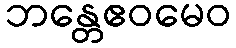
ဘန္တေဧဝမေဝ